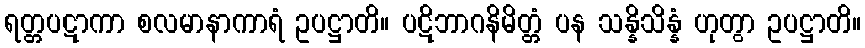
ရတ္တပဋာကာ စလမာနာကာရံ ဥပဋ္ဌာတိ။ ပဋိဘာဂနိမိတ္တံ ပန သန္နိသိန္နံ ဟုတွာ ဥပဋ္ဌာတိ။